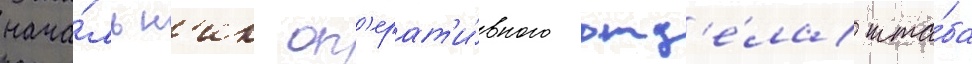
нача́льн'ик оп'ерат'и́вного отд'е́ла шта́ба